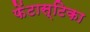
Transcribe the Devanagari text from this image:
फेंटास्टिका